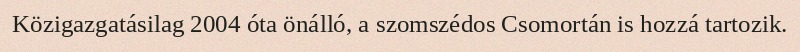
Közigazgatásilag 2004 óta önálló, a szomszédos Csomortán is hozzá tartozik.